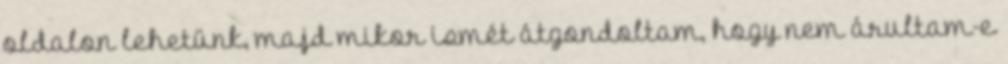
oldalon lehetünk, majd mikor ismét átgondoltam, hogy nem árultam-e